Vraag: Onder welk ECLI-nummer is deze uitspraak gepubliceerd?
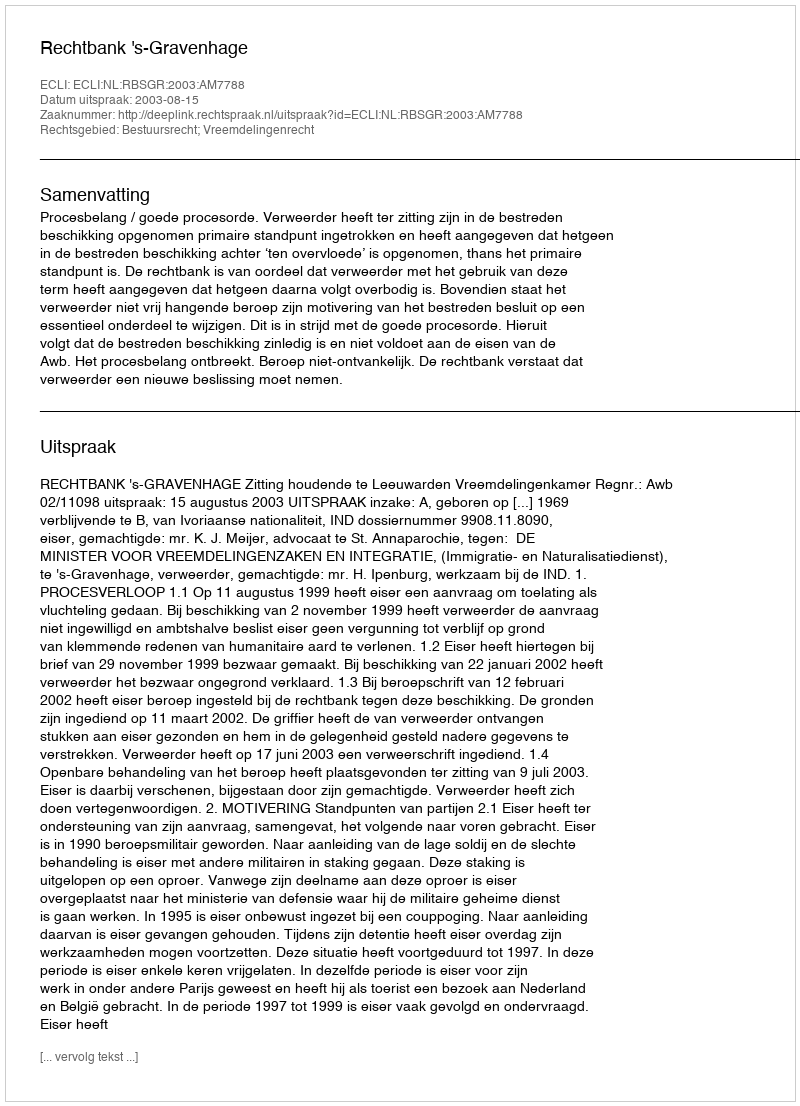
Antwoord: ECLI:NL:RBSGR:2003:AM7788